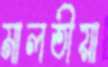
মালতীয়া